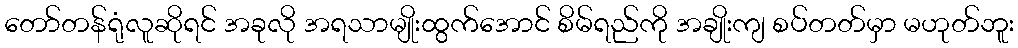
တော်တန်ရုံလူဆိုရင် အခုလို အရသာမျိုးထွက်အောင် စိမ်ရည်ကို အချိုးကျ စပ်တတ်မှာ မဟုတ်ဘူး